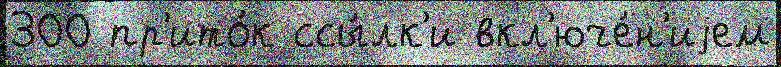
300 пр'ито́к ссы́лк'и вкл'юче́н'иjем